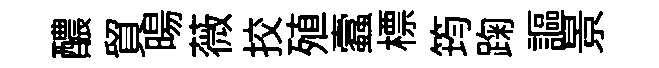
醲貿暘薇挍殖蠧標筠踘謳景